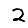
Digit: 2